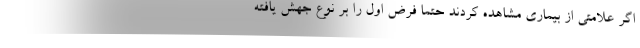
اگر علامتی از بیماری مشاهده کردند حتما فرض اول را بر نوع جهش یافته